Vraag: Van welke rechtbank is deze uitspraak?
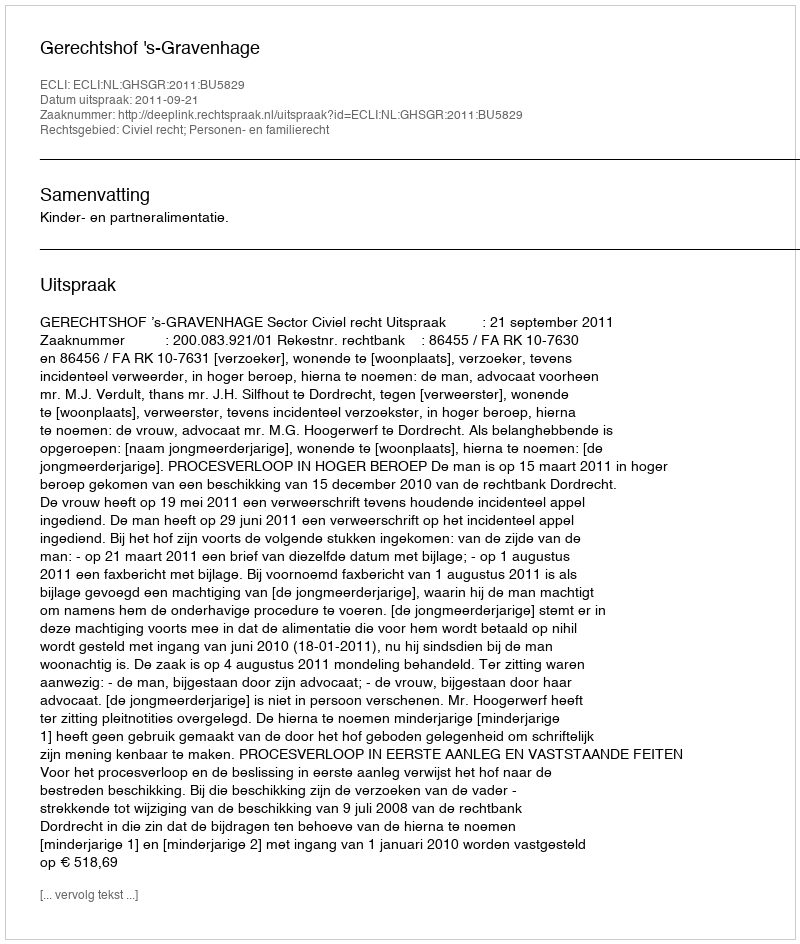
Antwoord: Gerechtshof 's-Gravenhage